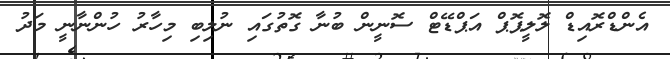
އެންޑްރޮއިޑް ލޮލީޕޮޕް އަޕްޑޭޓް ސޮނީން ބުނާ ގޮތުގައި ނުލިބި މިހާރު ހުންނާނީ މަދު